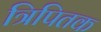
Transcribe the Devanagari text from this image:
त्रिपितक